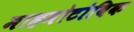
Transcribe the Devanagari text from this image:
माहमोटोविक